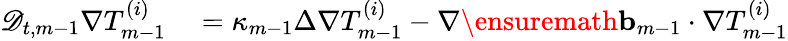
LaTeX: \begin{array}{rl}{\mathscr{D}_{t,m-1}\nabla T_{m-1}^{(i)}}&{{}=\kappa_{m-1}\Delta\nabla T_{m-1}^{(i)}-\nabla\ensuremath{\mathbf{b}}_{m-1}\cdot\nabla T_{m-1}^{(i)}}\end{array}